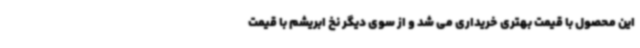
این محصول با قیمت بهتری خریداری می شد و از سوی دیگر نخ ابریشم با قیمت